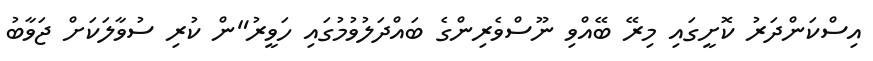
އިސްކަންދަރު ކޮށީގައި މިރޭ ބޭއްވި ނޫސްވެރިންގެ ބައްދަލުވުމުގައި ހަވީރު"ން ކުރި ސުވާލަކަށް ޖަވާބު